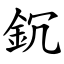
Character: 䤟